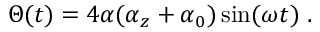
\Theta ( t ) = 4 \alpha ( \alpha _ { z } + \alpha _ { 0 } ) \sin ( \omega t ) \; .